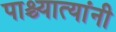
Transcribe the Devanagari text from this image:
पाश्च्यात्यांनी